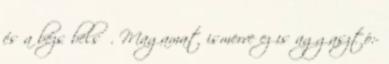
és a bézs belső. Magamat ismerve ez is aggasztó:-